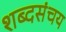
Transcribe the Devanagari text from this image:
शब्दसंचय